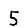
Digit: 5